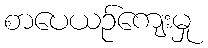
စာပေယဉ်ကျေးမှု